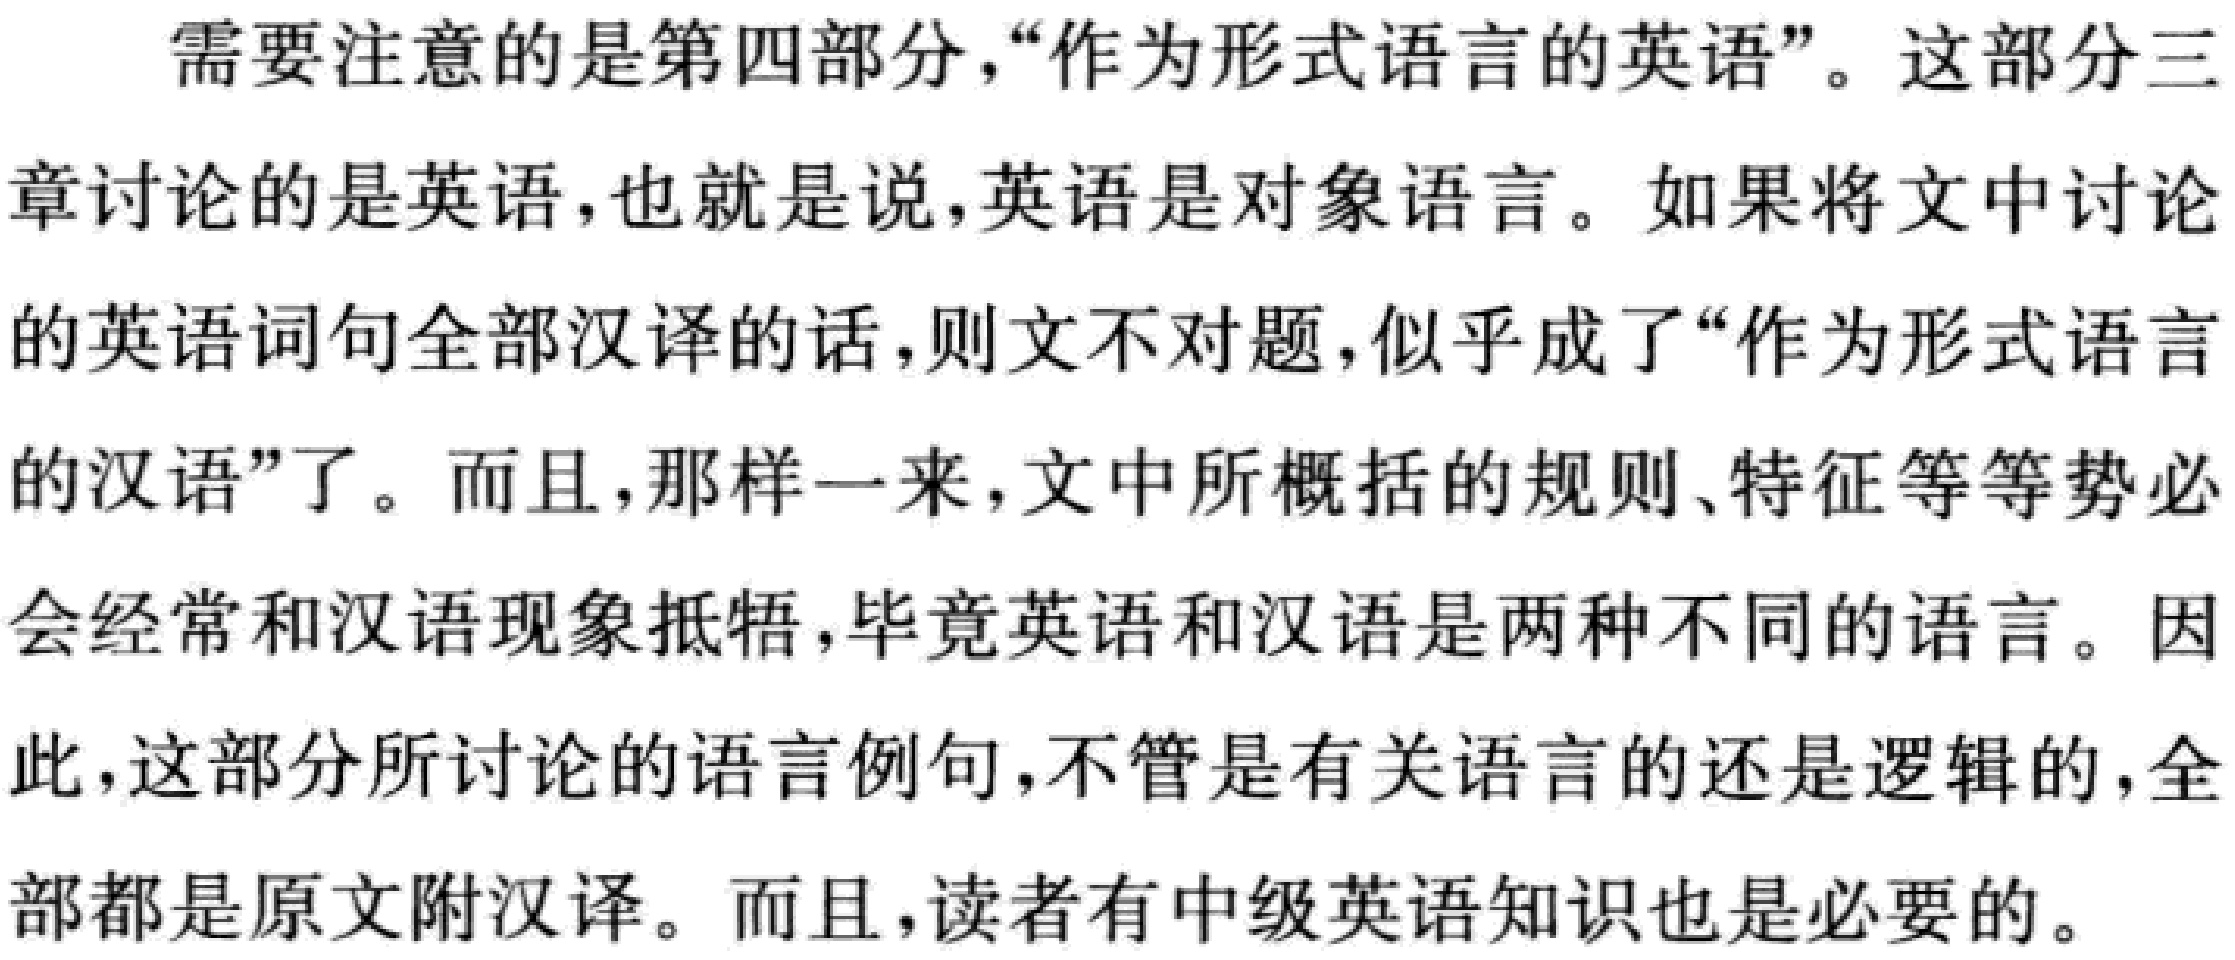
需要注意的是第四部分，“作为形式语言的英语”。这部分三
章讨论的是英语，也就是说，英语是对象语言。如果将文中讨论
的英语词句全部汉译的话，则文不对题，似乎成了“作为形式语言
的汉语”了。而且，那样一来，文中所概括的规则、特征等等势必
会经常和汉语现象抵牾，毕竟英语和汉语是两种不同的语言。因
此，这部分所讨论的语言例句，不管是有关语言的还是逻辑的，全
部都是原文附汉译。而且，读者有中级英语知识也是必要的。